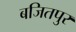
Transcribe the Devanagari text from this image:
बजितपुर